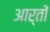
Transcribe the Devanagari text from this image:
आर्तों